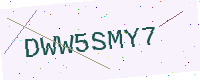
Text: DWW5SMY7